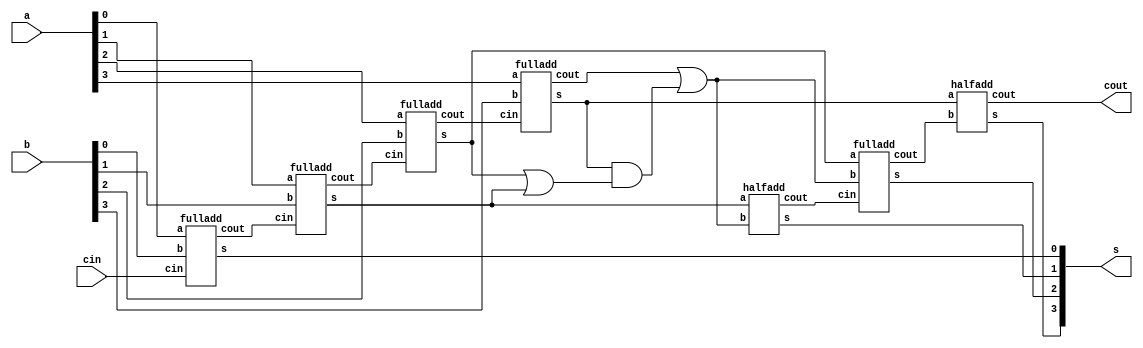
 module BCD_adder(a,b,cin,s,cout); //Main module of one digit BCD adder  
 input [3:0]a; 
 input [3:0]b; 
 input cin;
 output[3:0]s; 
 output cout; 
 wire [3:0]w; 
 wire y,c0,c1,c2,c3,c4,c5; 
 fulladd m1(a[0],b[0],cin,w[0],c0);
 fulladd m2(a[1],b[1],c0,w[1],c1); 
 fulladd m3(a[2],b[2],c1,w[2],c2); 
 fulladd m4(a[3],b[3],c2,w[3],c3); 
 assign y=c3|(w[3]&(w[2]|w[1])); 
 halfadd m5(w[1],y,s[1],c4); 
 fulladd m6(w[2],y,c4,s[2],c5);
 halfadd m7(w[3],c5,s[3],cout); 
 assign s[0]=w[0];
 endmodule
 
 
 module fulladd(a,b,cin,s,cout); //submodule for fulladder 
 input a,b;
 input cin; 
 output s; 
 output cout; 
 wire w1,w2,w3;
 halfadd g1(a,b,w1,w2);
 halfadd g2(w1,cin,s,w3);
 assign cout=w3|w2;
 endmodule
 
 module halfadd(a,b,s,cout); //submodule for halfadder
 input a,b; 
 output s,cout;
 assign s=a^b;
 assign cout=a&b;
 endmodule